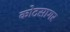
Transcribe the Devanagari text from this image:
कोटसागर